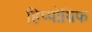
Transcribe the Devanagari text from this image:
हिप्पोग्रिफ